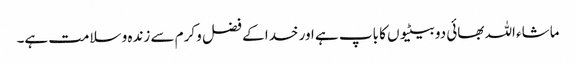
ماشاء اللہ بھائی دو بیٹیوں کا باپ ہے اور خدا کے فضل و کرم سے زندہ و سلامت ہے۔